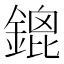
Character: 鎞